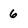
Character: 6